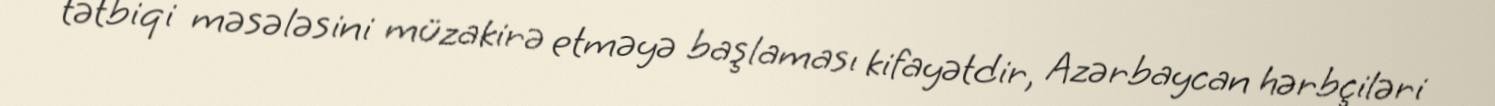
tətbiqi məsələsini müzakirə etməyə başlaması kifayətdir, Azərbaycan hərbçiləri